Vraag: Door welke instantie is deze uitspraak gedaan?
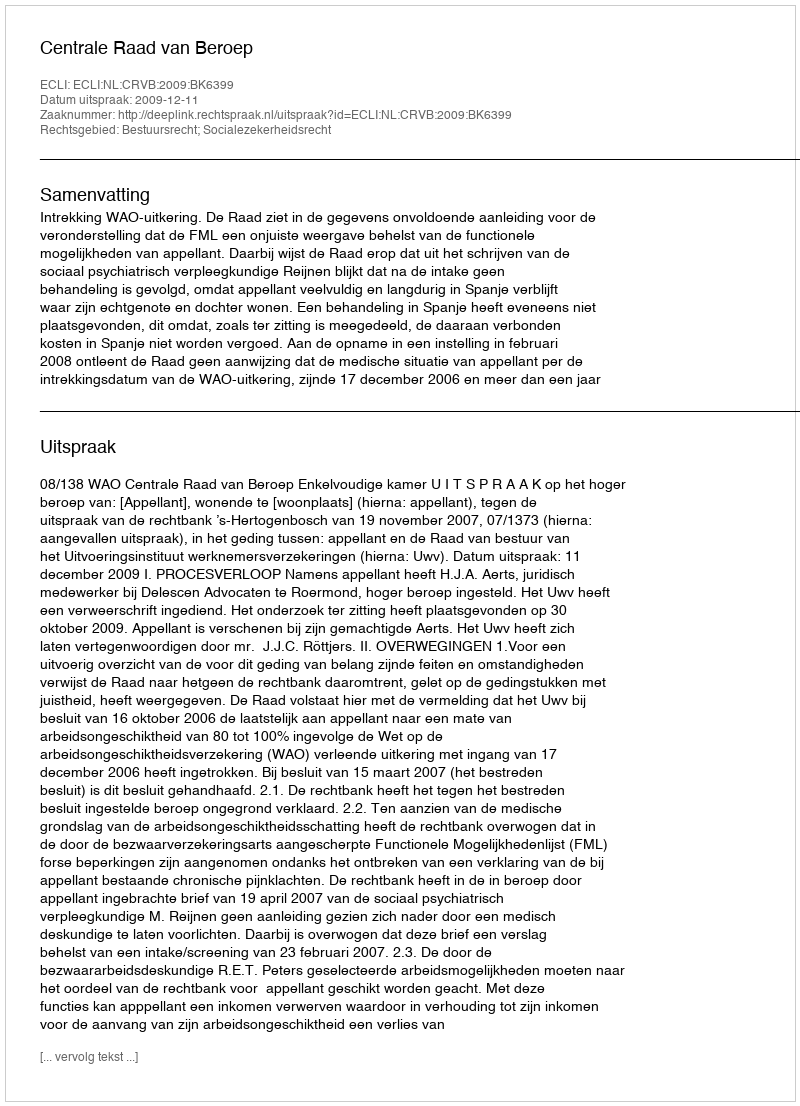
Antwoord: Centrale Raad van Beroep